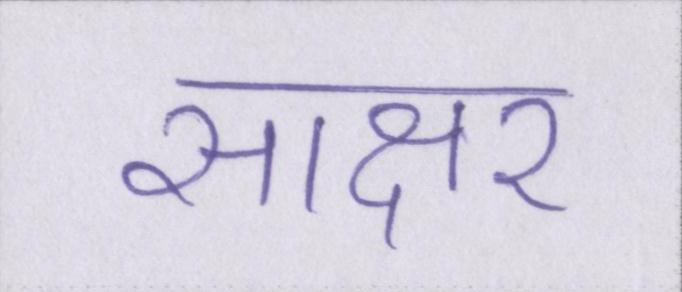
साक्षर